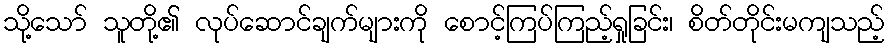
သို့သော် သူတို့၏ လုပ်ဆောင်ချက်များကို စောင့်ကြပ်ကြည့်ရှုခြင်း၊ စိတ်တိုင်းမကျသည့်